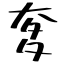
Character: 奓